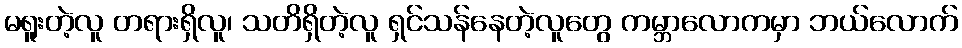
မရူးတဲ့လူ တရားရှိလူ၊ သတိရှိတဲ့လူ ရှင်သန်နေတဲ့လူတွေ ကမ္ဘာလောကမှာ ဘယ်လောက်